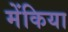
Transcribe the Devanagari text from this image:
मेंकिया